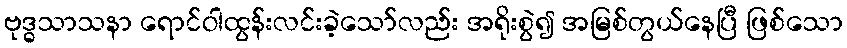
ဗုဒ္ဓသာသနာ ရောင်ဝါထွန်းလင်းခဲ့သော်လည်း အရိုးစွဲ၍ အမြစ်တွယ်နေပြီ ဖြစ်သော